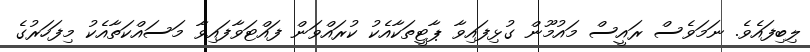
ލިބިފައެވެ. ނަމަވެސް ރައީސް މައުމޫން ގުޅިފައިވާ ޕާޓީތަކާއެކު ކުރައްވަން ފައްޓަވާފައިވާ މަސައްކަތާއެކު މިފަހަރުގެ